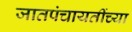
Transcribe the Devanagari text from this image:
जातपंचायतींच्या